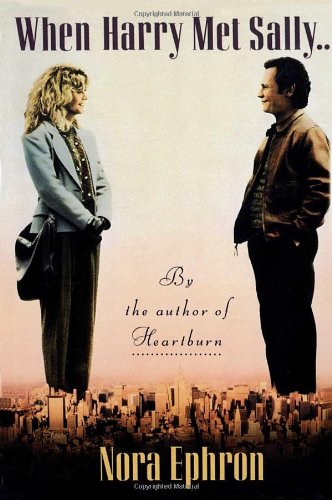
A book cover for When Harry Met Sally. . .; Nora Ephron; Romance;